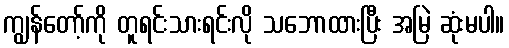
ကျွန်တော့်ကို တူရင်းသားရင်းလို သဘောထားပြီး အမြဲ ဆုံးမပါ။